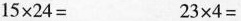
$$15\times 24=$$ $$23\times 4=$$